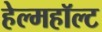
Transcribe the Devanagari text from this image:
हेल्महॉल्ट